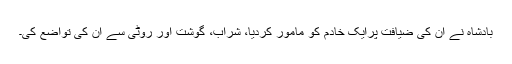
بادشاہ نے اُن کی ضیافت پرایک خادم کو مامور کردیا، شراب، گوشت اور روٹی سے اُن کی تواضع کی۔